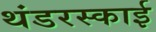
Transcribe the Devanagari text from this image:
थंडरस्काई